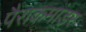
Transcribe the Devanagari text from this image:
पैराकमांडर